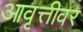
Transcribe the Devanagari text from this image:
आवृत्तीवर